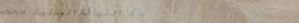
مركز اللياقة البدنية: صحت